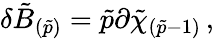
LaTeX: \delta\tilde{B}_{(\tilde{p})}=\tilde{p}\partial\tilde{\chi}_{(\tilde{p}-1)}\, ,